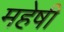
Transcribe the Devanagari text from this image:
महेषी